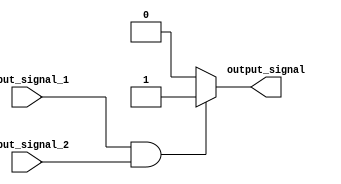
module generate_function (
    input input_signal_1,
    input input_signal_2,
    output output_signal
);

always @(*) begin
    if (input_signal_1 & input_signal_2) begin
        output_signal <= 1'b1;
    end
    else begin
        output_signal <= 1'b0;
    end
end

endmodule